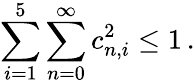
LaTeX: \sum_{i=1}^{5}\sum_{n=0}^{\infty}c_{n,i}^{2}\leq 1\, .